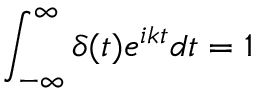
\int _ { - \infty } ^ { \infty } \delta ( t ) e ^ { i k t } d t = 1